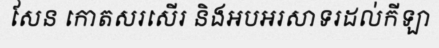
សែន កោតសរសើរ និងអបអរសាទរដល់កីឡា